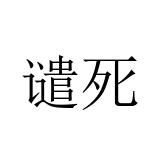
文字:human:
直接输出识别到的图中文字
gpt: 谴死